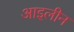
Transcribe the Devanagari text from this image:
आइलीन